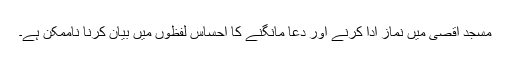
مسجد اقصیٰ میں نماز ادا کرنے اور دعا مانگنے کا احساس لفظوں میں بیان کرنا ناممکن ہے۔